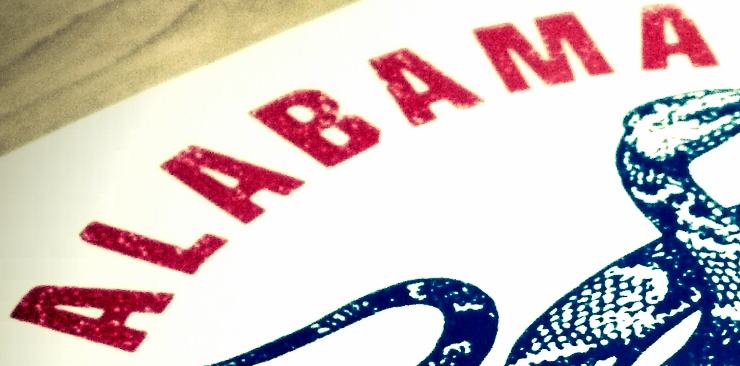
ALABAMA